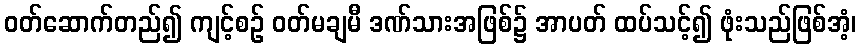
ဝတ်ဆောက်တည်၍ ကျင့်စဉ် ဝတ်မချမီ ဒဏ်သားအဖြစ်၌ အာပတ် ထပ်သင့်၍ ဖုံးသည်ဖြစ်အံ့၊